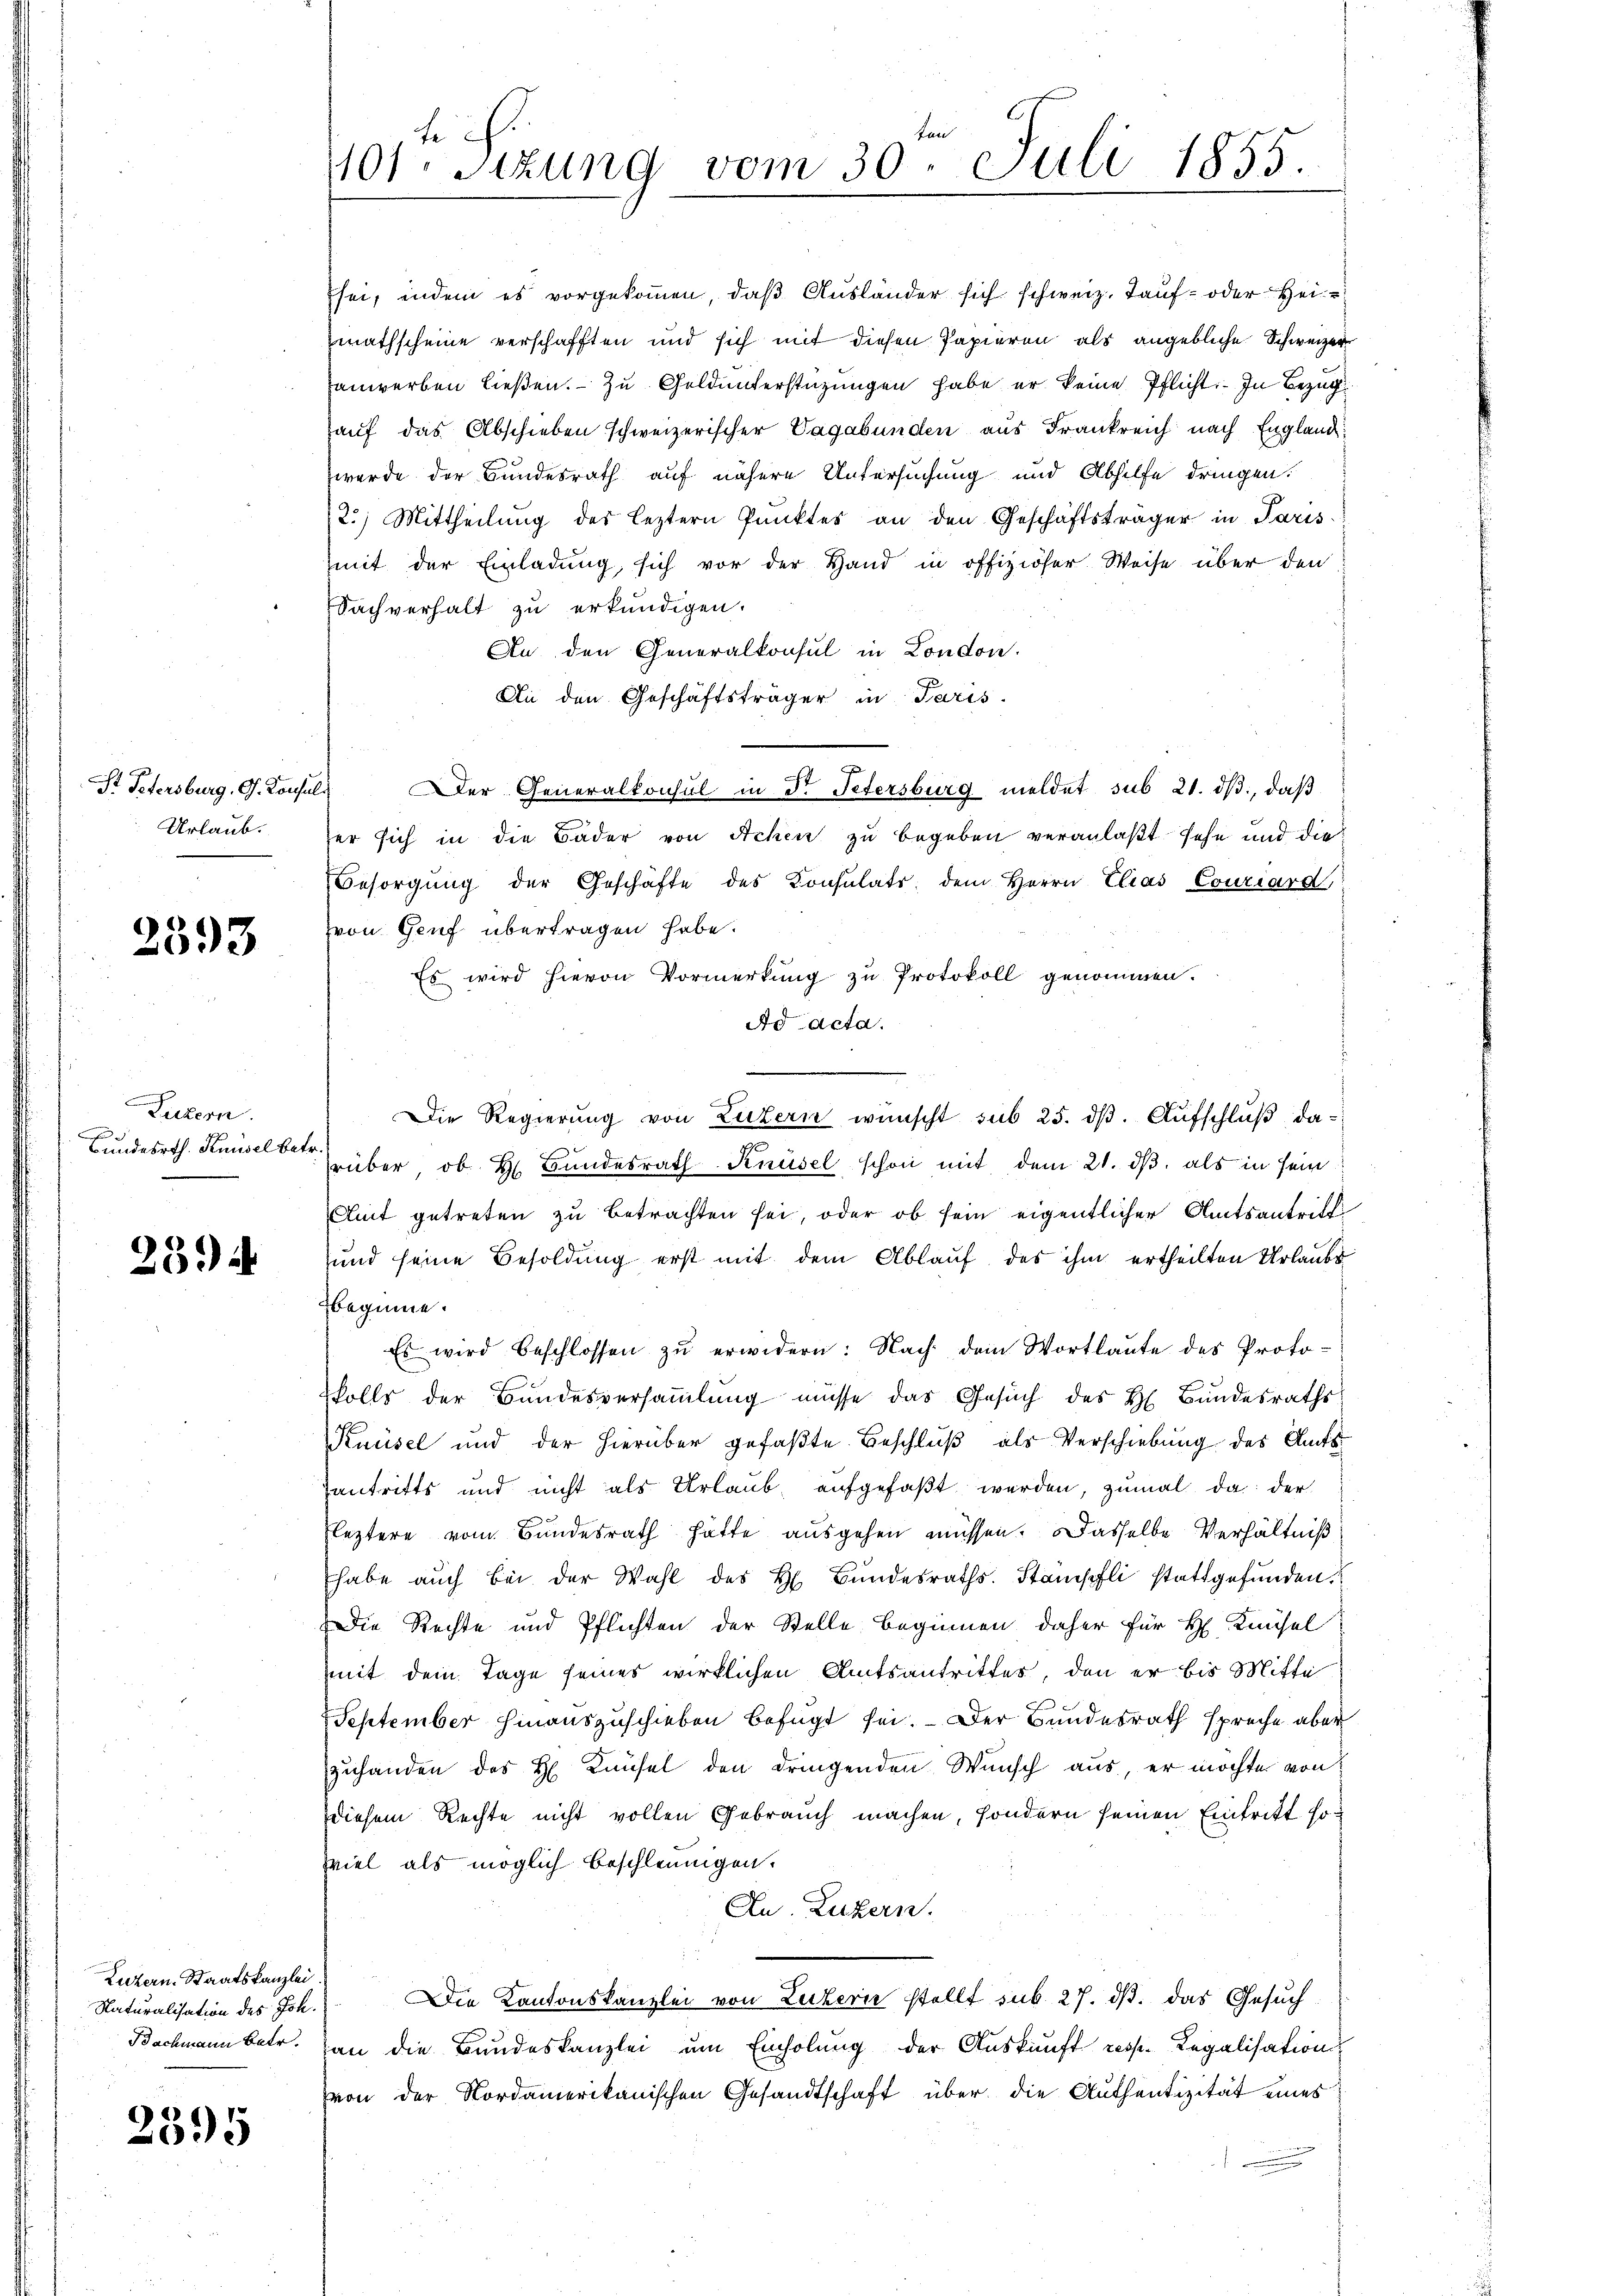
Urlaub.

2593

Luzern.
x
Bundesrth. Knüsel betr.
.

2394

Luzern, Staatskanzlei.
Naturalisation des Joh.

2395

fe
1101. Sitzung vom 30. Juli 1855.

2.) Mittheilung des leztern Punktes an den Geschäftsträger in Paris
mit der Einladung, sich vor der Hand in offiziöser Weise über den
Sachverhalt zu erkundigen.
An den Generalkonsul in London.
An den Geschäftsträger in Paris.
St Petersburg, G. Konsul er Generalkonsul in Dr. Petersburg meldet sub 21. dβ, daß
er sich in die Bäder von Achen zu begeben veranlaßt sehe und die
Besorgŭng der Geschäfte des Consulats dem Herrn Elias Couriard
von Genf übertragen habe.
Es wird hievon Vormerkung zu Protokoll genommen.
Ad acta.
Die Regierung von Luzern wünscht sub 25. dβ. Aufschluß darüber, ob Hr. Bŭndesrath Knüsel schon mit dem 21. dβ als in sein
Amt getreten zu betrachten sei, oder ob sein eigentlicher Amtsantritt
und seine Besoldung erst mit dem Ablaŭf des ihm ertheilten Urlaube
beginne.
Es wird beschlossen zu erwidern: Nach dem Wortlaute des Proto-
skolls der Bundesversaṁlŭng müsse das Gesŭch des H. Bundesraths
Knüsel und der hierüber gefaßte Beschluß als Verschiebung des Amts¬
Zantritts und nicht als Urlaub, aufgefaßt werden, zumal da der
Fleztere vom Bundesrath hatte ausgehen müssen. Dasselbe Verhältniß
habe aŭch bei der Wahl des H. Bŭndesraths. Stampfli stattgefunden.
Die Rechte und Pflichten der Stelle beginnen daher für H. Knüsel
mit dem Tage seines wirklichen Amtsantrittes, den er bis Mitte
u
September hinauszuschieben befugt sei. Der Bundesrath spreche aber
zuhanden des H Knüsel den dringenden Wunsch aus, er möchte von
diesem Rechte nicht vollen Gebrauch machen, sondern seinen Eintritt soviel als möglich beschleunigen.
Zu. Luzern.
Die Kantonskanzlei von Luzern stellt sub 27. ds. das Gesuch
Bachmann betr. an die Bundeskanzlei um Einholung der Auskunft resp. Regalisation
von der Nordamerikanischen Gesandtschaft über die Authentizität eines

sei, indem es vorgekommen, daß Ausländer sich schweiz. Tauf- oder Heimathscheine verschafften und sich mit diesen Papieren als angebliche Schweizer
anwerben ließen. Zu Geldunterstüzungen habe er keine Pflicht. In Bezugauf das Abschieben schweizerischer Vagabunden aus Frankreich nach Englandwerde der Bundesrath auf nähere Untersuchung und Abhilfe dringen.